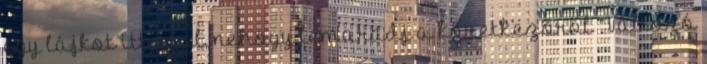
egy lájkot itt alul, nehogy lemaradj a következőről “Változó